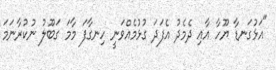
"އަޅުގަނޑާ ޔޫހާ އާއި ދެމެދު އެފަދަ ގުޅުމެއްވަނީ ހިނގާފަ މާމަ ގަބޫލު ނުކުރާނަމަ